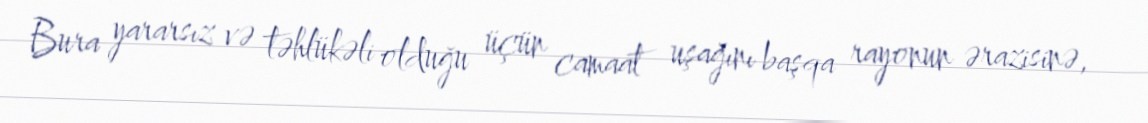
Bura yararsız və təhlükəli olduğu üçün camaat uşağını başqa rayonun ərazisinə,